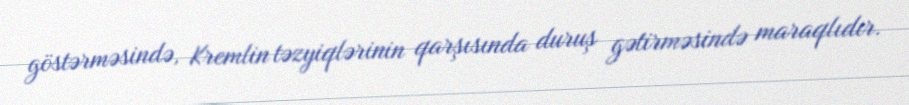
göstərməsində, Kremlin təzyiqlərinin qarşısında duruş gətirməsində maraqlıdır.